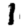
Digit: 1